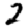
Digit: 2